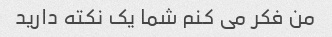
من فکر می کنم شما یک نکته دارید